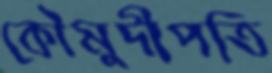
কৌমুদীপতি